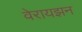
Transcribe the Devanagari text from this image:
वेरायझन